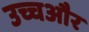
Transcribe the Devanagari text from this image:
उच्चऔर